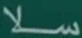
سلا